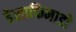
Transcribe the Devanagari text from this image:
डेसाफिनाडो